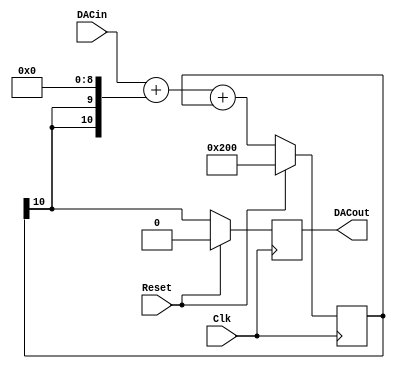
`timescale 1ns / 1ps
`default_nettype wire
//////////////////////////////////////////////////////////////////////////////////
// Company: 
// Engineer: 
// 
// Design Name: 
// Module Name:    sigma_delta_dac 
// Project Name: 
// Target Devices: 
// Tool versions: 
// Description: 
//
// Dependencies: 
//
// Revision: 
// Revision 0.01 - File Created
// Additional Comments: 
//
//////////////////////////////////////////////////////////////////////////////////

`define MSBI 8 // Most significant Bit of DAC input

//This is a Delta-Sigma Digital to Analog Converter
`ifndef ZXTRES
module dac (DACout, DACin, Clk, Reset);
	output DACout; // This is the average output that feeds low pass filter
	input [`MSBI:0] DACin; // DAC input (excess 2**MSBI)
	input Clk;
	input Reset;

	reg DACout; // for optimum performance, ensure that this ff is in IOB
	reg [`MSBI+2:0] DeltaAdder; // Output of Delta adder
	reg [`MSBI+2:0] SigmaAdder; // Output of Sigma adder
	reg [`MSBI+2:0] SigmaLatch = 1'b1 << (`MSBI+1); // Latches output of Sigma adder
	reg [`MSBI+2:0] DeltaB; // B input of Delta adder

	always @(SigmaLatch) DeltaB = {SigmaLatch[`MSBI+2], SigmaLatch[`MSBI+2]} << (`MSBI+1);
	always @(DACin or DeltaB) DeltaAdder = DACin + DeltaB;
	always @(DeltaAdder or SigmaLatch) SigmaAdder = DeltaAdder + SigmaLatch;
	always @(posedge Clk)
	begin
		if(Reset)
		begin
			SigmaLatch <= #1 1'b1 << (`MSBI+1);
			DACout <= #1 1'b0;
		end
		else
		begin
			SigmaLatch <= #1 SigmaAdder;
			DACout <= #1 SigmaLatch[`MSBI+2];
		end
	end
endmodule
`endif

module mixer (
	input wire clk,
	input wire rst_n,
	input wire ear,
	input wire mic,
	input wire spk,
	input wire [7:0] saa_left,
	input wire [7:0] saa_right,
`ifndef ZXTRES
	output wire audio_left,
  output wire audio_right
`else
  output wire[8:0] audio_left,
  output wire[8:0] audio_right
`endif
	);

    reg [6:0] beeper;
    always @* begin
        beeper = 7'd0;
        if (ear == 1'b1)
            beeper = beeper + 7'd38;  // 30% of total output
        if (mic == 1'b1)
            beeper = beeper + 7'd38;  // 30% of total output
        if (spk == 1'b1)
            beeper = beeper + 7'd51;  // 40% of total output
    end
	
    wire [8:0] next_sample_l = beeper + saa_left;
    wire [8:0] next_sample_r = beeper + saa_right;
	
    reg [8:0] sample_l, sample_r;
	always @(posedge clk) begin
        sample_l <= next_sample_l;
		sample_r <= next_sample_r;
    end

`ifndef ZXTRES
  dac audio_dac_left (
		.DACout(audio_left),
		.DACin(sample_l),
		.Clk(clk),
		.Reset(~rst_n)
		);
        
	dac audio_dac_right (
		.DACout(audio_right),
		.DACin(sample_r),
		.Clk(clk),
		.Reset(~rst_n)
		);
`else
  assign audio_left[8:0] = sample_l[8:0];
  assign audio_right[8:0] = sample_r[8:0];
`endif
endmodule